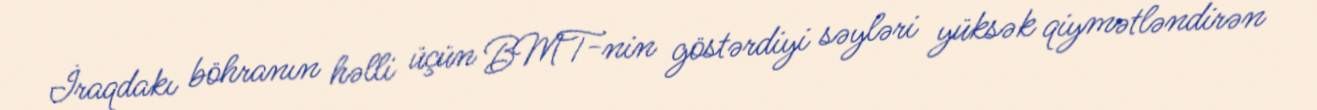
İraqdakı böhranın həlli üçün BMT-nin göstərdiyi səyləri yüksək qiymətləndirən